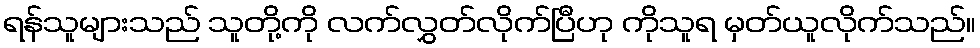
ရန်သူများသည် သူတို့ကို လက်လွှတ်လိုက်ပြီဟု ကိုသူရ မှတ်ယူလိုက်သည်။